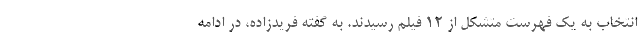
انتخاب به یک فهرست متشکل از ۱۲ فیلم رسیدند. به گفته فریدزاده، در ادامه